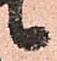
候